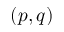
( p , q )